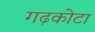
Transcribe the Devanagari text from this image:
गढ़कोटा